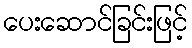
ပေးဆောင်ခြင်းဖြင့်